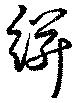
絣